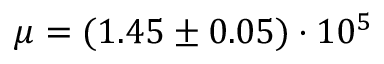
\mu = ( 1 . 4 5 \pm 0 . 0 5 ) \cdot 1 0 ^ { 5 }